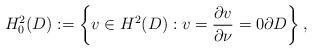
LaTeX: \begin{align*}H_0^2(D) :=\left\{ v \in H^2(D): v = \frac{\partial v}{\partial \nu}=0 \partial D \right\}, \end{align*}